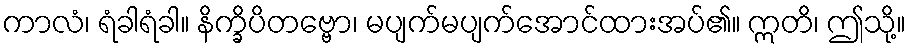
ကာလံ၊ ရံခါရံခါ။ နိက္ခိပိတဗ္ဗော၊ မပျက်မပျက်အောင်ထားအပ်၏။ ဣတိ၊ ဤသို့။